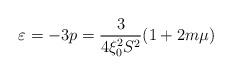
LaTeX: \begin{align*}\varepsilon =-3p=\frac{3}{4\xi _{0}^{2}S^{2}}(1+2m\mu ) \end{align*}